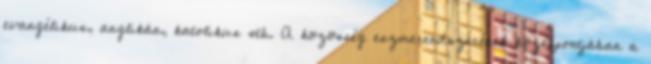
evangélikus, anglikán, katolikus stb. A közösség eszmerendszerének középpontjában a